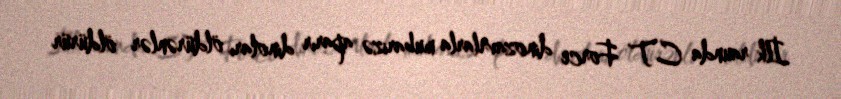
İlk raunda CT Force dinozavrlarla mubarizə aparır dinoları öldürənlər öldürür